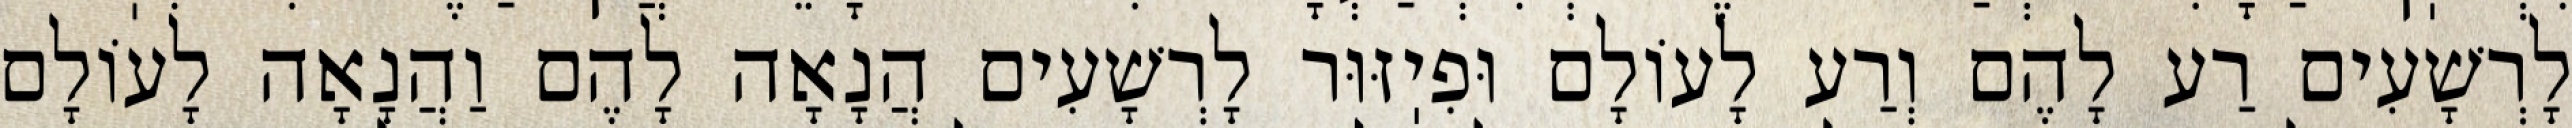
לָרְשָׁעִים רַע לָהֶם וְרַע לָעוֹלָם וּפִיֽזּוּר לָרְשָׁעִים הֲנָאָה לָהֶם וַהֲנָאָה לָעוֹלָם